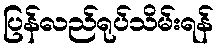
ပြန်လည်ရုပ်သိမ်းရန်